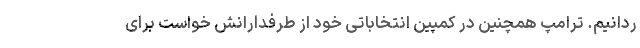
ردانیم. ترامپ همچنین در کمپین انتخاباتی خود از طرفدارانش خواست برای